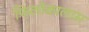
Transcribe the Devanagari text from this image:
फिलोकालास